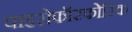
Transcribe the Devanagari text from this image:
पाइरोफॉस्फोरिक